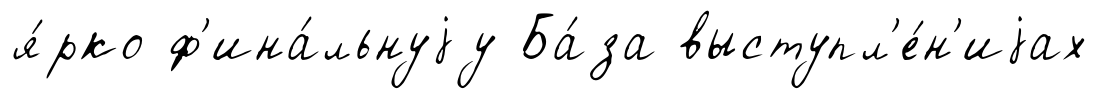
я́рко ф'ина́льнуjу Ба́за выступл'е́н'иjах